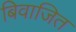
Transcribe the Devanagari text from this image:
बिवाजित